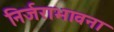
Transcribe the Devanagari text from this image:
निर्जराभावना